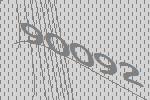
90092